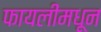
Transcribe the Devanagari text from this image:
फायलींमधून